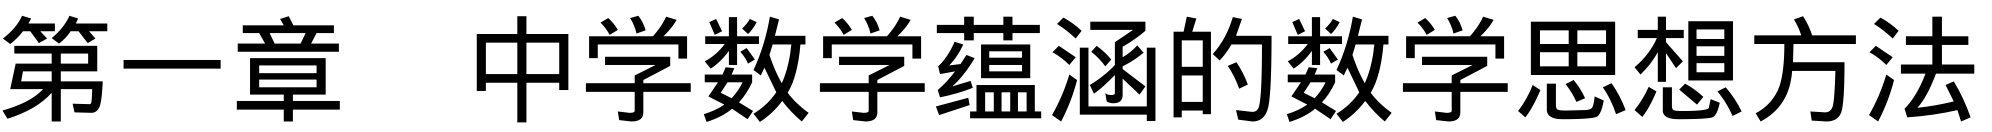
\chapter{中学数学蕴涵的数学思想方法}